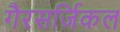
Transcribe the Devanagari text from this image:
गैरसर्जिकल